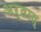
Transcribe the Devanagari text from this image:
अर्तात्